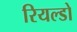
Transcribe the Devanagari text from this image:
रियल्डो